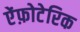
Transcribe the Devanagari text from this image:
ऐंफ़ोटेरिक